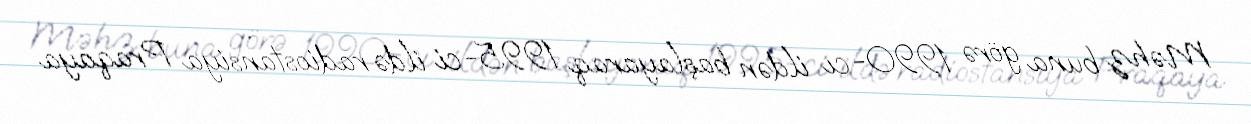
Məhz buna görə 1990-cı ildən başlayaraq 1995-ci ildə radiostansiya Praqaya